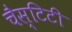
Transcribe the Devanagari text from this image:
चैस्टिटी